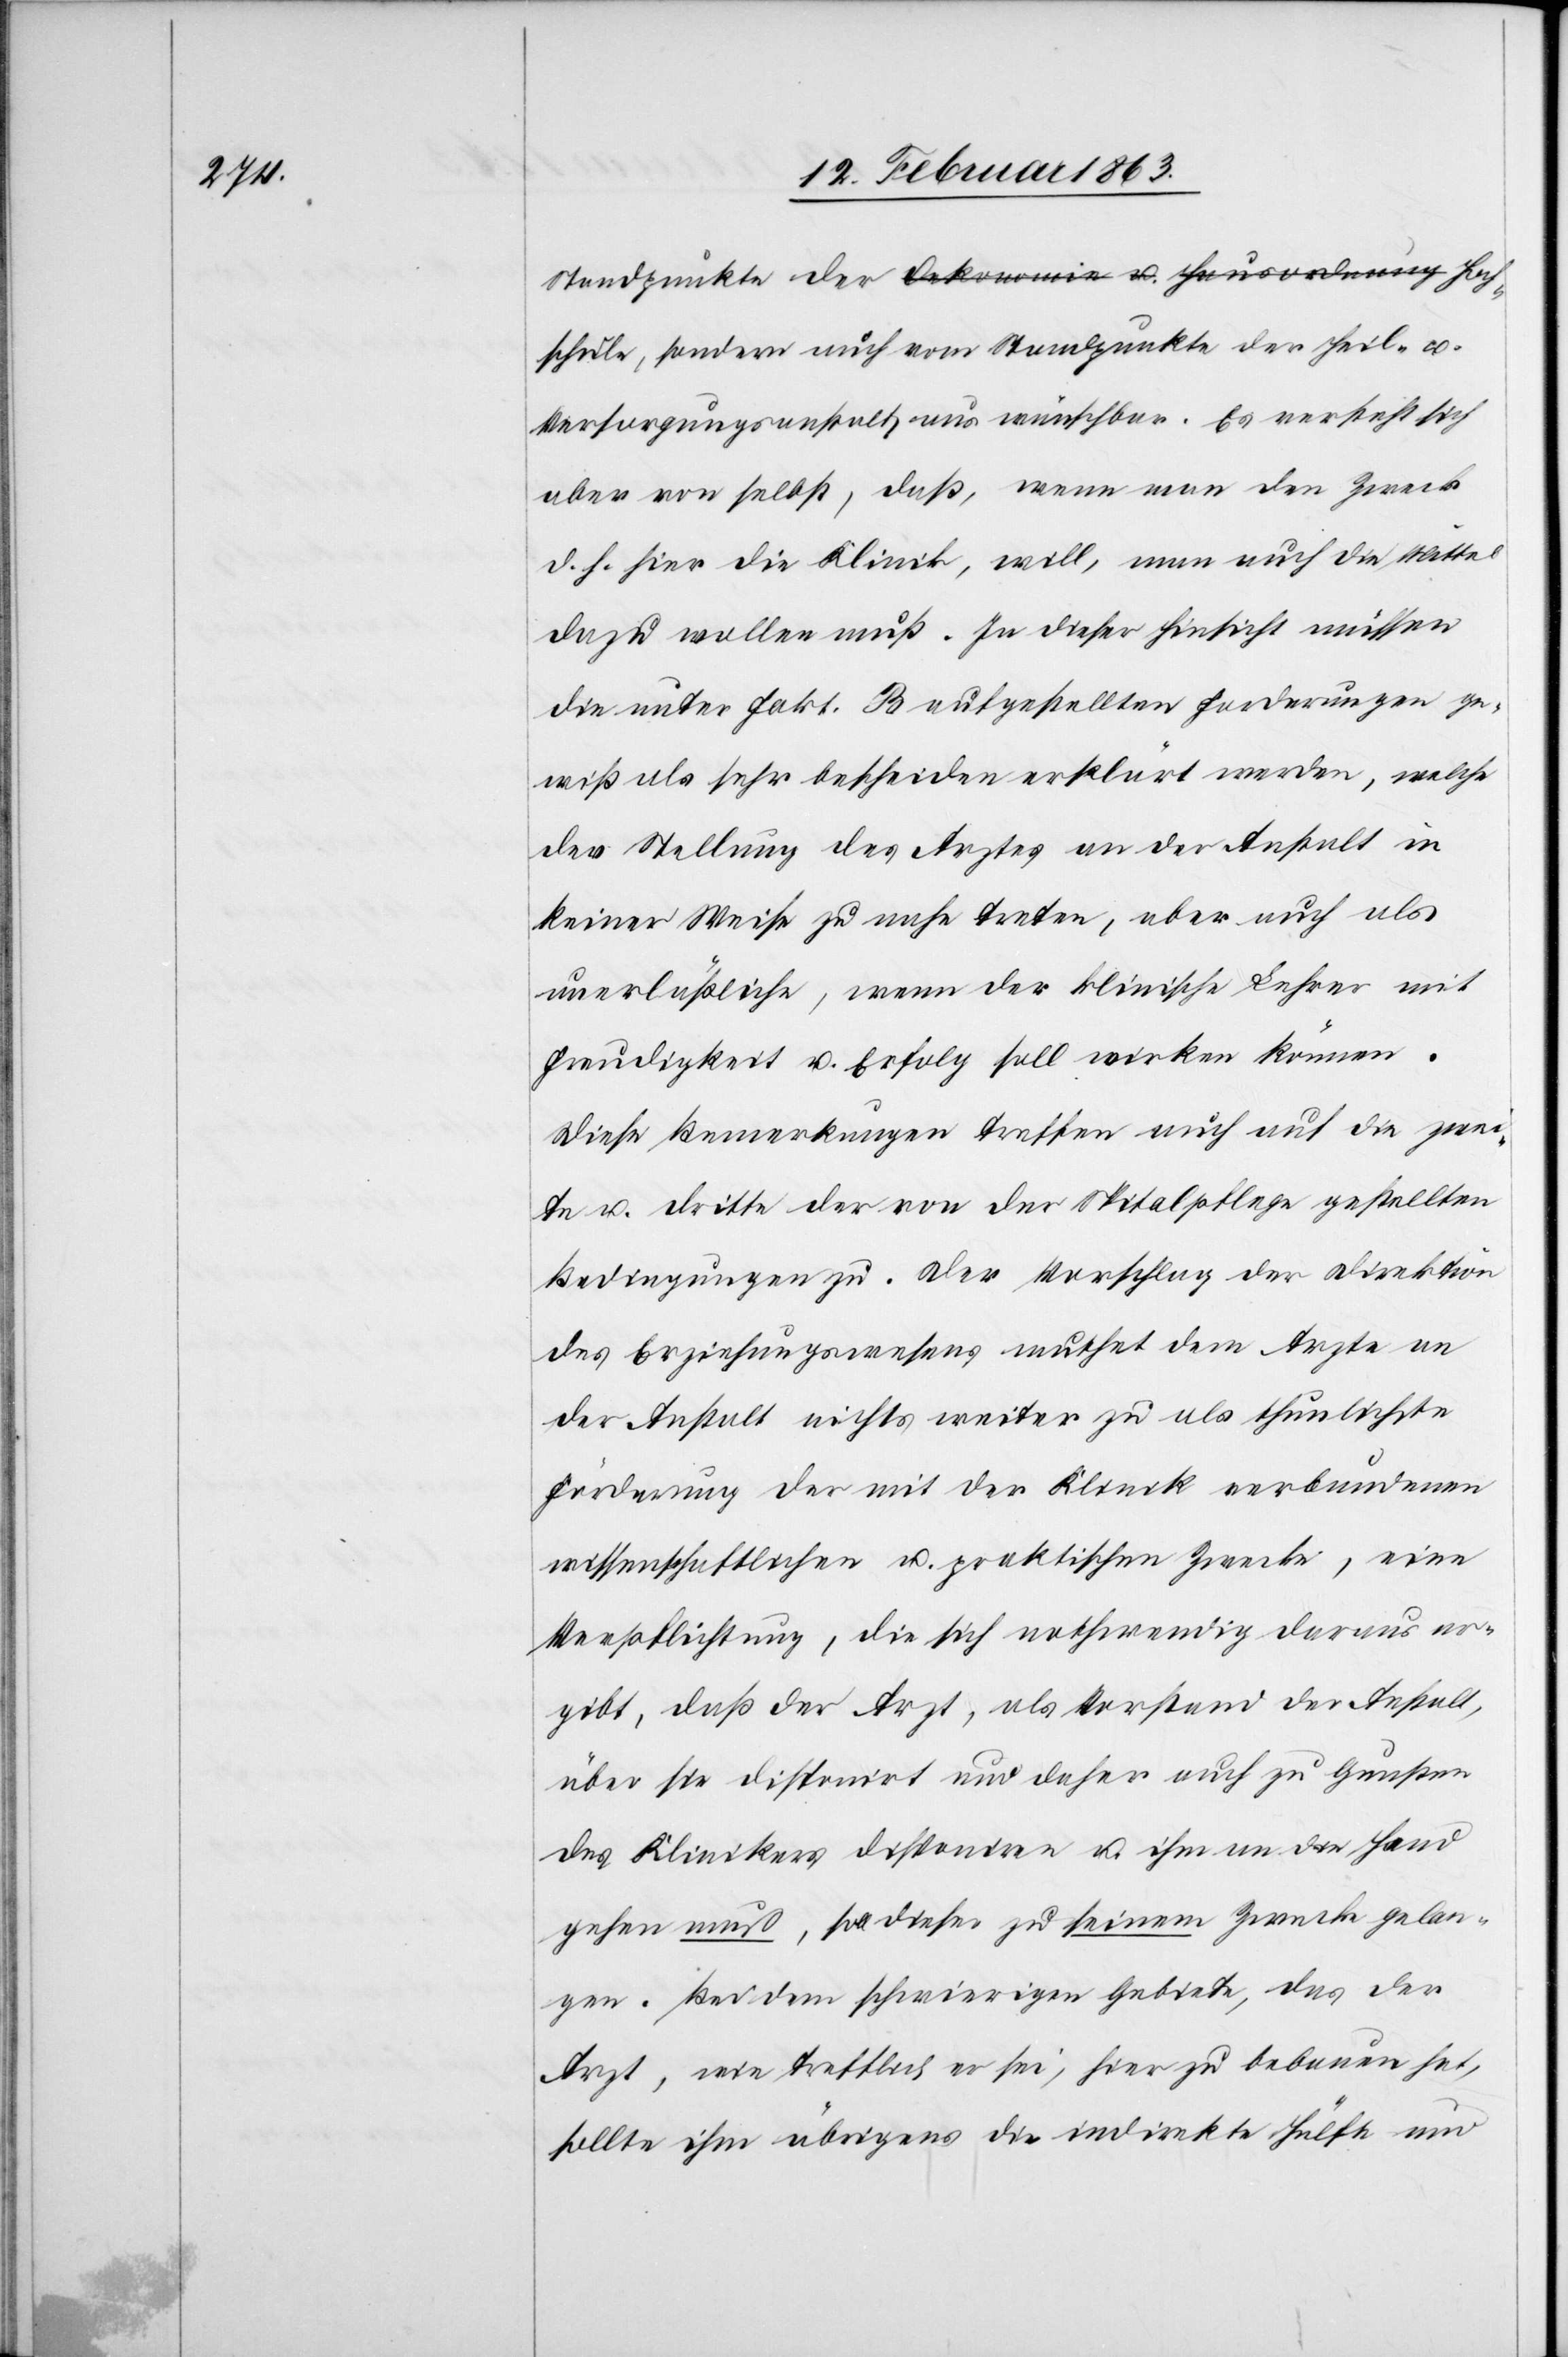
Hochschule, sondern auch vom Standpunkte der Heil- u.
Versorgungsanstalt aus wünschbar. Es versteht sich
aber von selbst, daß, wenn man den Zweck
d. h. hier die Klinik, will, man auch das Mittel
dazu wollen muß. In dieser Hinsicht müssen
die unter Fakt. B aufgestellten Forderungen ge¬
wiß als sehr bescheiden erklärt werden, welche
der Stellung des Arztes an der Anstalt in
keiner Weise zu nahe treten, aber auch als
unerläßliche, wenn der klinische Lehrer mit
Freudigkeit u. Erfolg soll wirken können.
Diese Bemerkungen treffen auch auf die zwei¬
te u. dritte der von der Spitalpflege gestellten
Bedingungen zu. Der Vorschlag der Direktion
des Erziehungswesens muthet dem Arzte an
der Anstalt nichts weiter zu als thunlichste
Förderung der mit der Klinik verbundenen
wissenschaftlichen u. praktischen Zwecke, eine
Verpflichtung, die sich nothwendig daraus er¬
gibt, daß der Arzt, als Vorstand der Anstalt,
über sie disponirt und daher auch zu Gunsten
des Klinikers disponiren u. ihm an die Hand
gehen muß, soll dieser zu seinem Zwecke gelan¬
gen. Bei dem schwierigen Gebiete, das der
Arzt, wie trefflich er sei, hier zu bebauen hat,
sollte ihm übrigens die indirekte Hülfe und